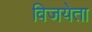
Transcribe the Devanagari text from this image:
विजयेता